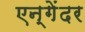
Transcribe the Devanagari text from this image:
एन्गेंदर